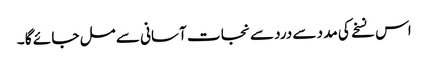
اس نسخے کی مد د سے درد سے نجا ت آسانی سے مل جا ئے گا ۔